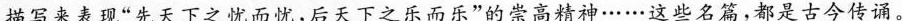
描写来表现”先天下之忧而忧，后天下之乐而乐”的崇高精神……这些名篇，都是古今传诵。